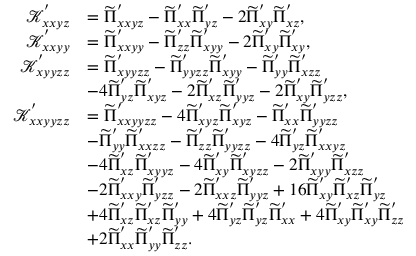
\begin{array} { r l } { \mathcal { K } _ { x x y z } ^ { ' } } & { = \widetilde { \Pi } _ { x x y z } ^ { ' } - \widetilde { \Pi } _ { x x } ^ { ' } \widetilde { \Pi } _ { y z } ^ { ' } - 2 \widetilde { \Pi } _ { x y } ^ { ' } \widetilde { \Pi } _ { x z } ^ { ' } , } \\ { \mathcal { K } _ { x x y y } ^ { ' } } & { = \widetilde { \Pi } _ { x x y y } ^ { ' } - \widetilde { \Pi } _ { z z } ^ { ' } \widetilde { \Pi } _ { x y y } ^ { ' } - 2 \widetilde { \Pi } _ { x y } ^ { ' } \widetilde { \Pi } _ { x y } ^ { ' } , } \\ { \mathcal { K } _ { x y y z z } ^ { ' } } & { = \widetilde { \Pi } _ { x y y z z } ^ { ' } - \widetilde { \Pi } _ { y y z z } ^ { ' } \widetilde { \Pi } _ { x y y } ^ { ' } - \widetilde { \Pi } _ { y y } ^ { ' } \widetilde { \Pi } _ { x z z } ^ { ' } } \\ & { - 4 \widetilde { \Pi } _ { y z } ^ { ' } \widetilde { \Pi } _ { x y z } ^ { ' } - 2 \widetilde { \Pi } _ { x z } ^ { ' } \widetilde { \Pi } _ { y y z } ^ { ' } - 2 \widetilde { \Pi } _ { x y } ^ { ' } \widetilde { \Pi } _ { y z z } ^ { ' } , } \\ { \mathcal { K } _ { x x y y z z } ^ { ' } } & { = \widetilde { \Pi } _ { x x y y z z } ^ { ' } - 4 \widetilde { \Pi } _ { x y z } ^ { ' } \widetilde { \Pi } _ { x y z } ^ { ' } - \widetilde { \Pi } _ { x x } ^ { ' } \widetilde { \Pi } _ { y y z z } ^ { ' } } \\ & { - \widetilde { \Pi } _ { y y } ^ { ' } \widetilde { \Pi } _ { x x z z } ^ { ' } - \widetilde { \Pi } _ { z z } ^ { ' } \widetilde { \Pi } _ { y y z z } ^ { ' } - 4 \widetilde { \Pi } _ { y z } ^ { ' } \widetilde { \Pi } _ { x x y z } ^ { ' } } \\ & { - 4 \widetilde { \Pi } _ { x z } ^ { ' } \widetilde { \Pi } _ { x y y z } ^ { ' } - 4 \widetilde { \Pi } _ { x y } ^ { ' } \widetilde { \Pi } _ { x y z z } ^ { ' } - 2 \widetilde { \Pi } _ { x y y } ^ { ' } \widetilde { \Pi } _ { x z z } ^ { ' } } \\ & { - 2 \widetilde { \Pi } _ { x x y } ^ { ' } \widetilde { \Pi } _ { y z z } ^ { ' } - 2 \widetilde { \Pi } _ { x x z } ^ { ' } \widetilde { \Pi } _ { y y z } ^ { ' } + 1 6 \widetilde { \Pi } _ { x y } ^ { ' } \widetilde { \Pi } _ { x z } ^ { ' } \widetilde { \Pi } _ { y z } ^ { ' } } \\ & { + 4 \widetilde { \Pi } _ { x z } ^ { ' } \widetilde { \Pi } _ { x z } ^ { ' } \widetilde { \Pi } _ { y y } ^ { ' } + 4 \widetilde { \Pi } _ { y z } ^ { ' } \widetilde { \Pi } _ { y z } ^ { ' } \widetilde { \Pi } _ { x x } ^ { ' } + 4 \widetilde { \Pi } _ { x y } ^ { ' } \widetilde { \Pi } _ { x y } ^ { ' } \widetilde { \Pi } _ { z z } ^ { ' } } \\ & { + 2 \widetilde { \Pi } _ { x x } ^ { ' } \widetilde { \Pi } _ { y y } ^ { ' } \widetilde { \Pi } _ { z z } ^ { ' } . } \end{array}